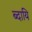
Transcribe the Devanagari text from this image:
ब्दायि